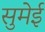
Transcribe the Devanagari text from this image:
सुमेई